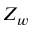
Z _ { w }